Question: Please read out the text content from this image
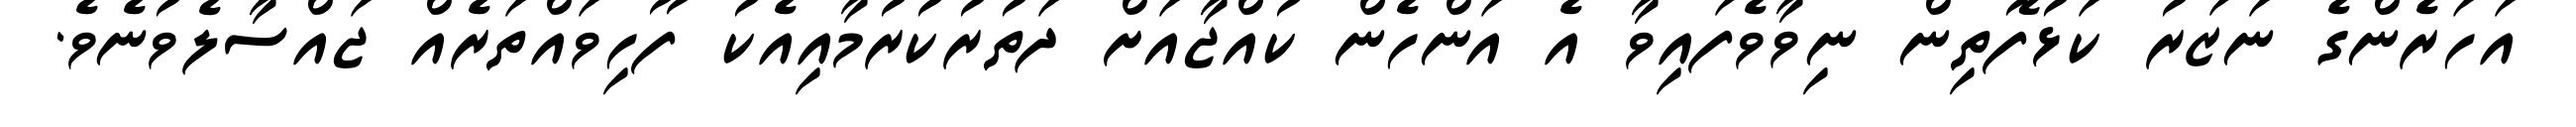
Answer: އަހަރެންގެ ނަޒަރު ކަޅުފޮތިން ނިވާވެފައިވާ އެ އަންހެން ކުއްޖާއަށް ދަތުރުކުރުމާއިއެކު ފޫހިވައްތަރެއް ޖައްސާލެވުނެވެ.